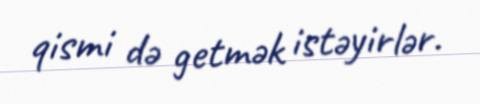
qismi də getmək istəyirlər.